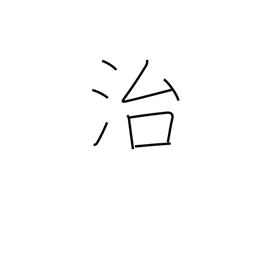
Meaning: be at peace